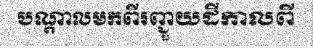
បណ្តាលមកពីរញ្ជួយដីកាលពី